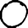
Digit: 0